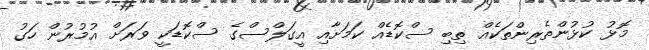
މޮޅު ކުޅުންތެރިންތަކެއް ތިބި ސްކޮޑެއް ކަމަށާއި އީގަލްސްގެ ސްކޮޑަކީ ވަރަށް އުމުރުން ހަގު